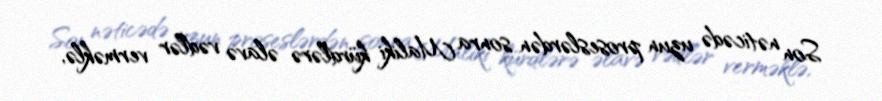
Son nəticədə uzun proseslərdən sonra Maliki kürdlərə əlavə vədlər verməklə,